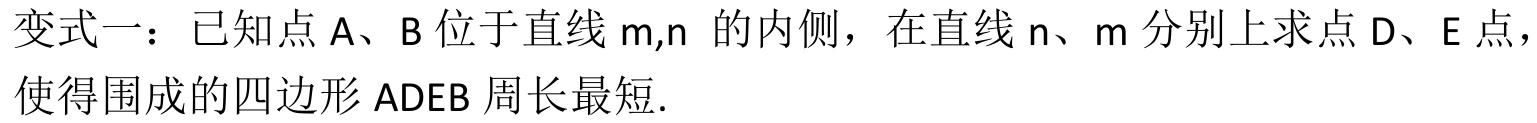
变式一：已知点\(A\)、\(B\)位于直线\(m,n\) 的内侧，在直线\(n\)、\(m\)分别上求点\(D\)、\(E\)点，使得围成的四边形\(ADEB\)周长最短.